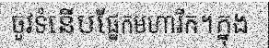
ចូវទំនើបផ្នែកមហារីក។ក្នុង